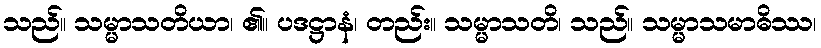
သည်။ သမ္မာသတိယာ၊ ၏။ ပဒဋ္ဌာနံ၊ တည်း။ သမ္မာသတိ၊ သည်။ သမ္မာသမာဓိဿ၊